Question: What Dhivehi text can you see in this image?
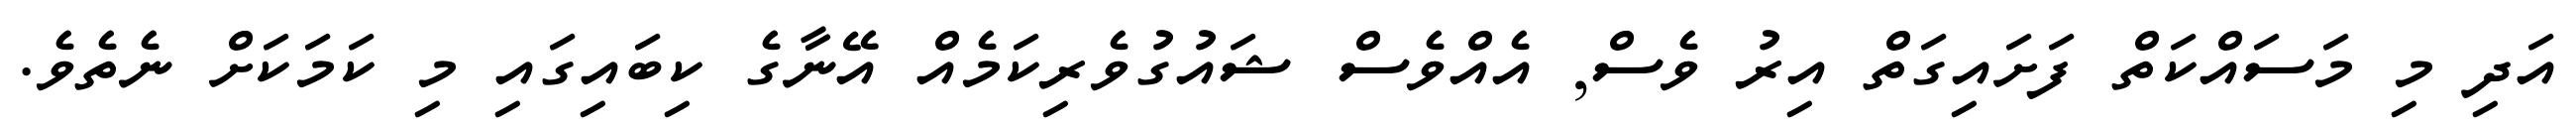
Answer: އަދި މި މަސައްކަތް ފަށައިގަތް އިރު ވެސް, އެއްވެސް ޝައުގުވެރިކަމެއް އޭނާގެ ކިބައިގައި މި ކަމަކަށް ނެތެވެ.